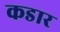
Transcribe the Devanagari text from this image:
कडार